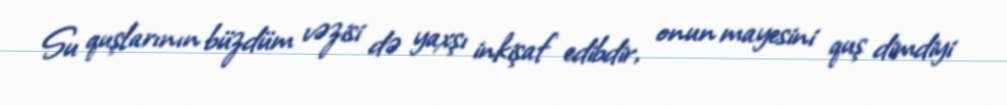
Su quşlarının büzdüm vəzisi də yaxşı inkişaf edibdir, onun mayesini quş dimdiyi